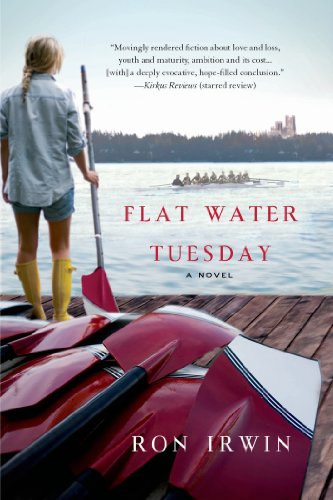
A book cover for Flat Water Tuesday: A Novel; Ron Irwin; Literature & Fiction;